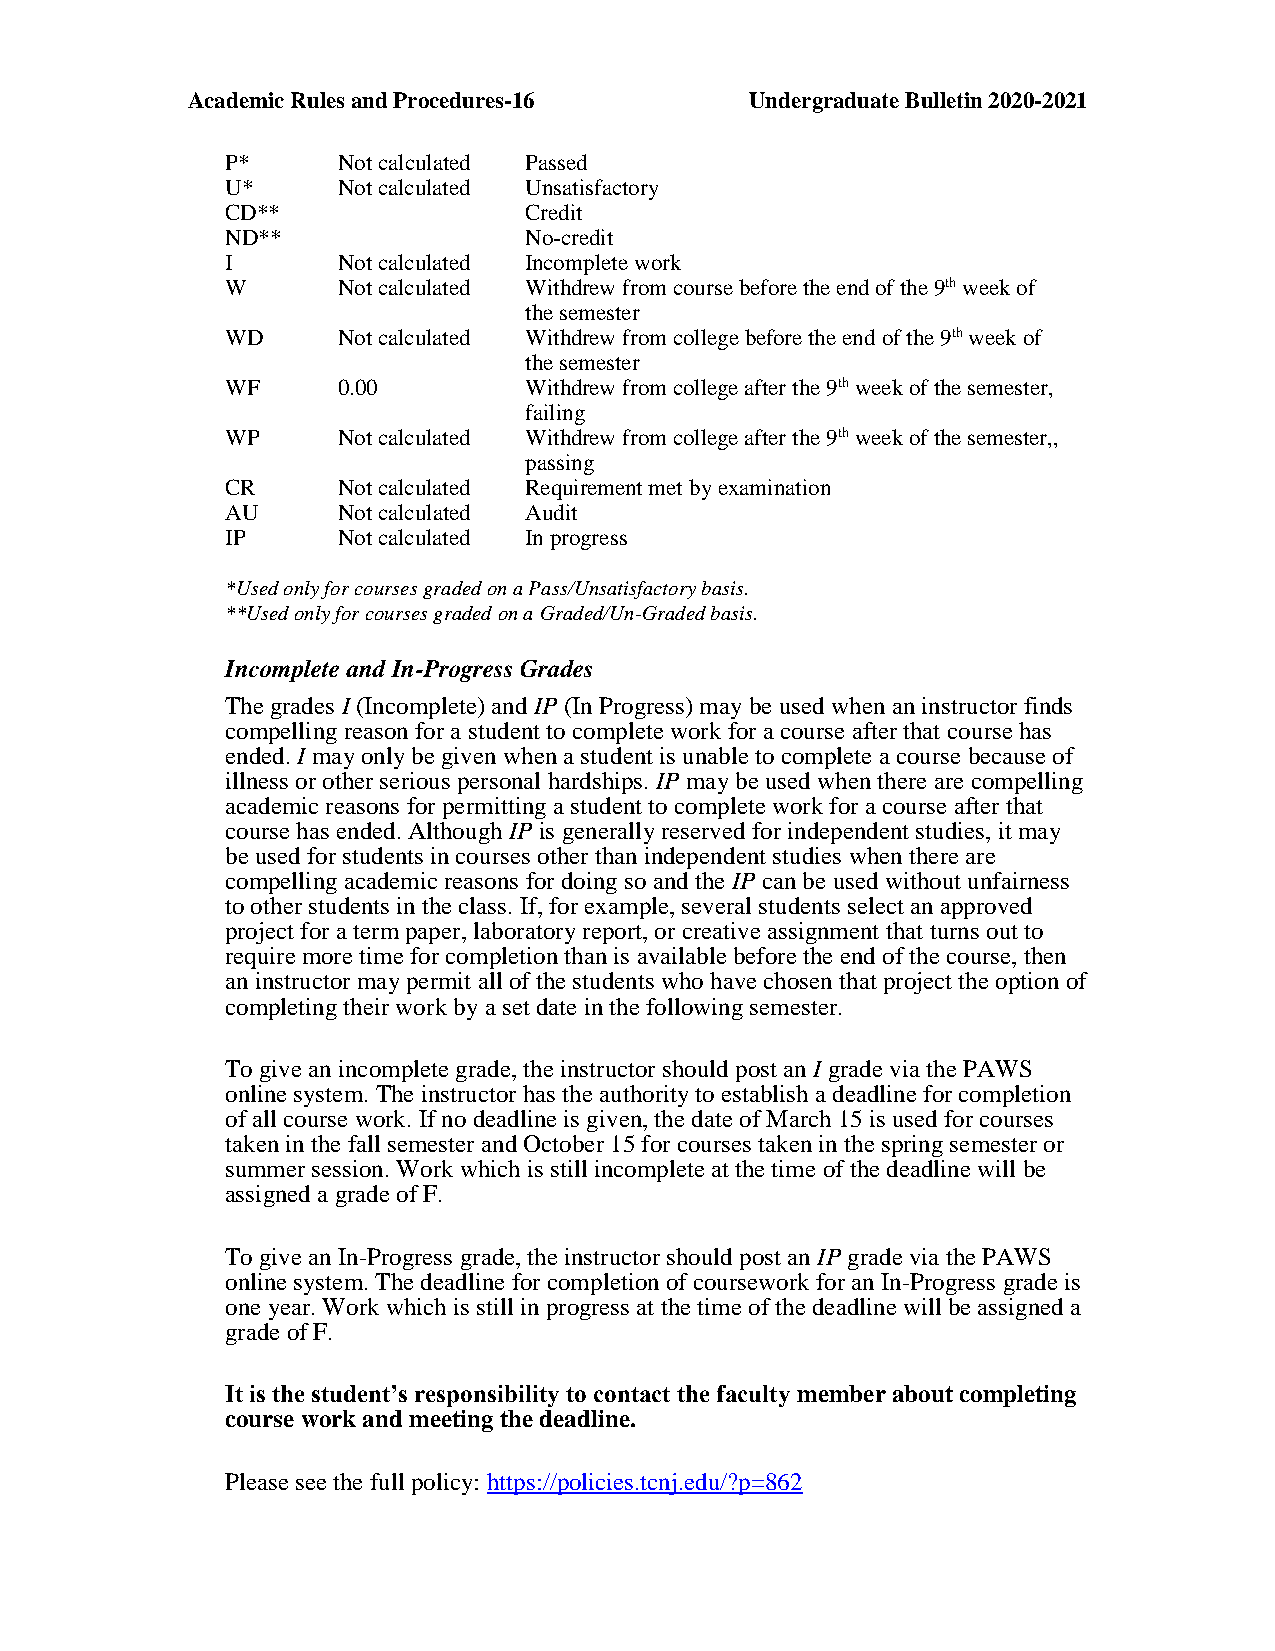
Academic Rules and Procedures-16      Undergraduate Bulletin 2020-2021
 P*     Not calculated Passed
 U*     Not calculated Unsatisfactory
 CD**                Credit
 ND**                No-credit
 I      Not calculated Incomplete work
 W      Not calculated Withdrew from course before the end of the 9th week of
 the semester
 WD     Not calculated Withdrew from college before the end of the 9th week of
 the semester
 WF     0.00         Withdrew from college after the 9th week of the semester,
 failing
 WP     Not calculated Withdrew from college after the 9th week of the semester,,
 passing
 CR     Not calculated Requirement met by examination
 AU     Not calculated Audit
 IP     Not calculated In progress
 *Used only for courses graded on a Pass/Unsatisfactory basis.
 **Used only for courses graded on a Graded/Un-Graded basis.
 Incomplete and In-Progress Grades
 The grades I (Incomplete) and IP (In Progress) may be used when an instructor finds
 compelling reason for a student to complete work for a course after that course has
 ended. I may only be given when a student is unable to complete a course because of
 illness or other serious personal hardships. IP may be used when there are compelling
 academic reasons for permitting a student to complete work for a course after that
 course has ended. Although IP is generally reserved for independent studies, it may
 be used for students in courses other than independent studies when there are
 compelling academic reasons for doing so and the IP can be used without unfairness
 to other students in the class. If, for example, several students select an approved
 project for a term paper, laboratory report, or creative assignment that turns out to
 require more time for completion than is available before the end of the course, then
 an instructor may permit all of the students who have chosen that project the option of
 completing their work by a set date in the following semester.
 To give an incomplete grade, the instructor should post an I grade via the PAWS
 online system. The instructor has the authority to establish a deadline for completion
 of all course work. If no deadline is given, the date of March 15 is used for courses
 taken in the fall semester and October 15 for courses taken in the spring semester or
 summer session. Work which is still incomplete at the time of the deadline will be
 assigned a grade of F.
 To give an In-Progress grade, the instructor should post an IP grade via the PAWS
 online system. The deadline for completion of coursework for an In-Progress grade is
 one year. Work which is still in progress at the time of the deadline will be assigned a
 grade of F.
 It is the student’s responsibility to contact the faculty member about completing
 course work and meeting the deadline.
 Please see the full policy: https://policies.tcnj.edu/?p=862